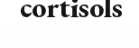
cortisols